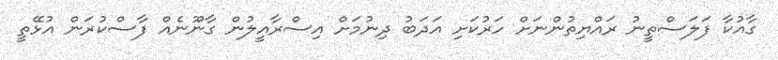
ގާއުކާ ފަލަސްތީނު ރައްޔިތުންނަށް ހަރުކަށި އަދަބު ދިނުމަށް އިސްރާއީލުން ގާނޫނެއް ފާސްކުރަން އުޅޭތީ